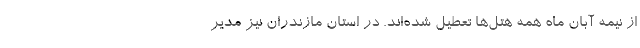
از نیمه آبان ماه همه هتل‌ها تعطیل شده‌اند. در استان مازندران نیز مدیر